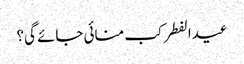
عیدالفطر کب منائی جائے گی؟